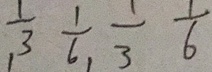
, \frac { 1 } { 3 } \frac { 1 } { 6 } , \frac { 1 } { 3 } \frac { 1 } { 6 }